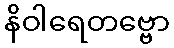
နိဝါရေတဗ္ဗော